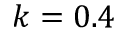
k = 0 . 4